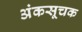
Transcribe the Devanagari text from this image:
अंकसूचक